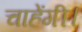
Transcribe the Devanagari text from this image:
चाहेंगी।